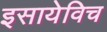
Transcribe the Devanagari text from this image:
इसायेविच